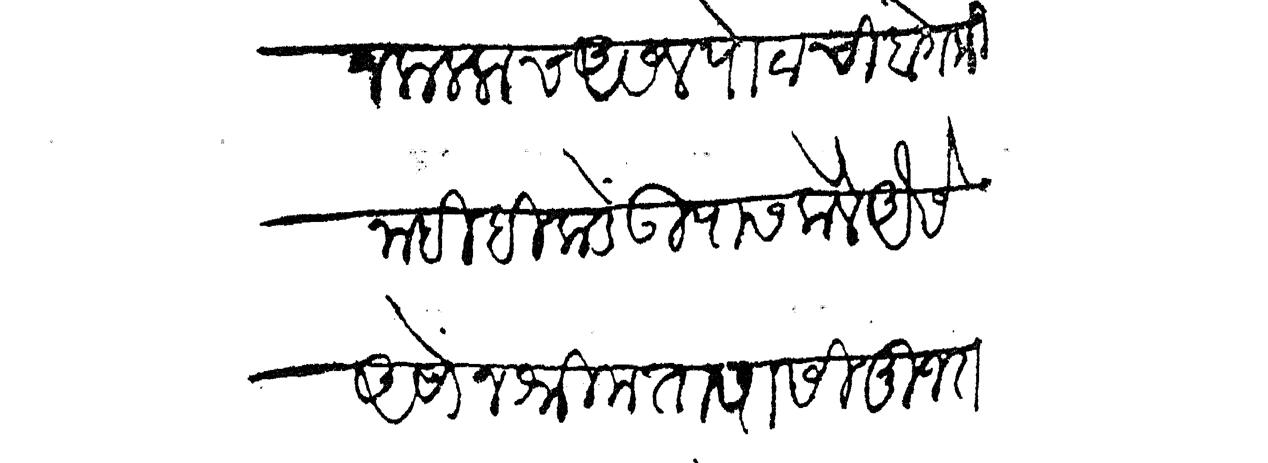
Transliteration (Devanagari): न कललाच असेल पोटाची बेगमी नाही हिकडे उपास केले ऐसे असोंन श्रीमंतापासी मुजरा